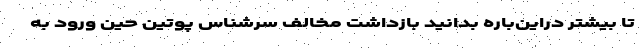
تا بیشتر دراین‌باره بدانید بازداشت مخالف سرشناس پوتین حین ورود به